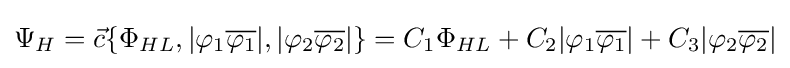
\Psi _{H}={\vec {c}}\{\Phi _{HL},|\varphi _{1}{\overline {\varphi _{1}}}|,|\varphi _{2}{\overline {\varphi _{2}}}|\}=C_{1}\Phi _{HL}+C_{2}|\varphi _{1}{\overline {\varphi _{1}}}|+C_{3}|\varphi _{2}{\overline {\varphi _{2}}}|